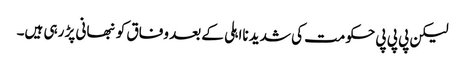
لیکن پی پی پی حکومت کی شدید نااہلی کے بعد وفاق کو نبھانی پڑ رہی ہیں۔